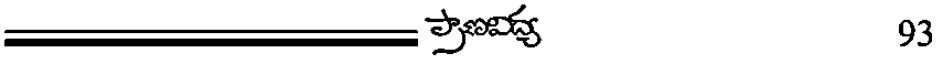
93